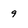
Character: 9